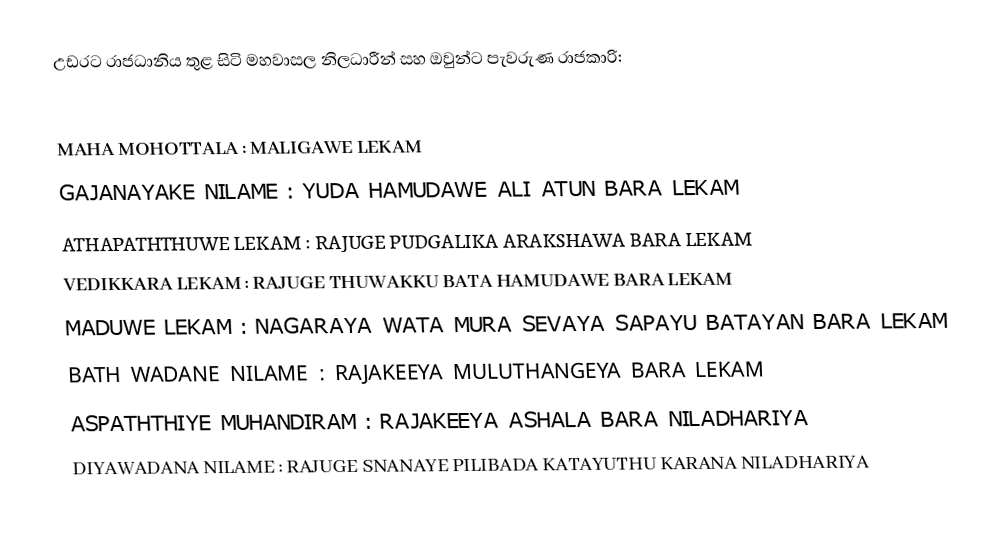
උඩරට රාජධානිය තුළ සිටි මහවාසල නිලධාරීන් සහ ඔවුන්ට පැවරුණ රාජකාරි:

     MAHA MOHOTTALA : MALIGAWE LEKAM
     GAJANAYAKE NILAME : YUDA HAMUDAWE ALI ATUN BARA LEKAM
     ATHAPATHTHUWE LEKAM : RAJUGE PUDGALIKA ARAKSHAWA BARA LEKAM
     VEDIKKARA LEKAM : RAJUGE THUWAKKU BATA HAMUDAWE BARA LEKAM
     MADUWE LEKAM : NAGARAYA WATA MURA SEVAYA SAPAYU BATAYAN BARA LEKAM
     BATH WADANE NILAME : RAJAKEEYA MULUTHANGEYA BARA LEKAM
     ASPATHTHIYE MUHANDIRAM : RAJAKEEYA ASHALA BARA NILADHARIYA
     DIYAWADANA NILAME : RAJUGE SNANAYE PILIBADA KATAYUTHU KARANA NILADHARIYA